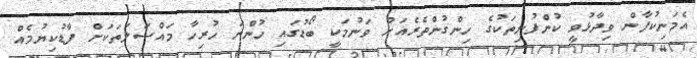
އެމަނިކުފާން ވިދާޅުވީ ކުންފުނިތަކުގެ ހިންގުންތެރެއަށް ވަނުމަކީ ބޯޑުގައި ހުންނަ ހުރިހާ މައްސަލަތަކަށް ފާޑުކިޔުމެއް